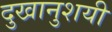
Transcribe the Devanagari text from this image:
दुखानुशयी